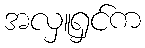
အလှူရှင်က